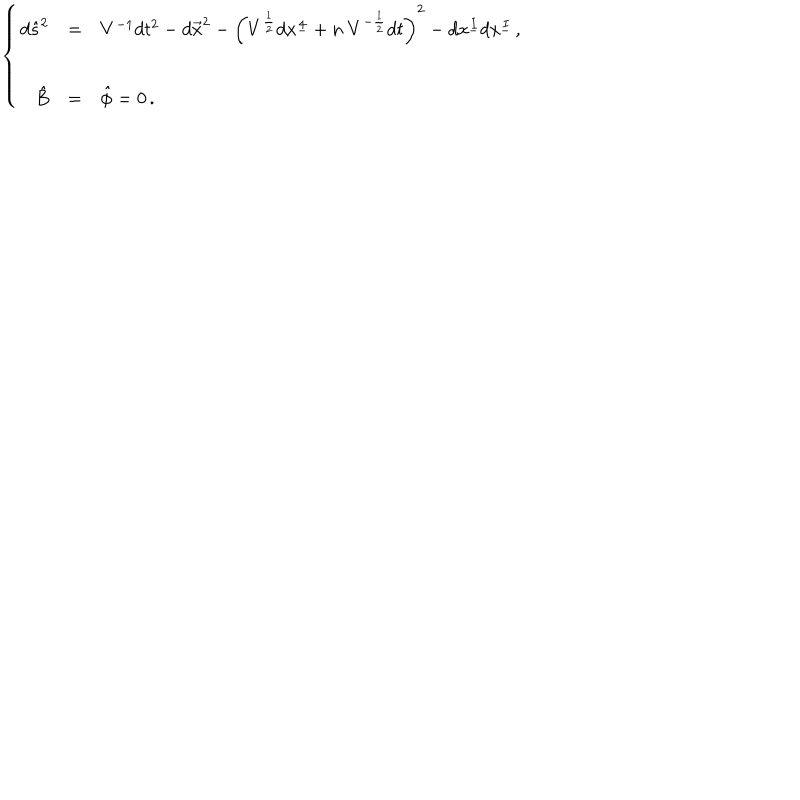
\left\{ \begin{array} { r c l } { { d \hat { s } ^ { 2 } } } & { { = } } & { { V ^ { - 1 } d t ^ { 2 } - d \vec { x } ^ { 2 } - \left( V ^ { \frac { 1 } { 2 } } d x ^ { \underline { { { 4 } } } } + n \ V ^ { - \frac { 1 } { 2 } } d t \right) ^ { 2 } - d x ^ { \underline { { { I } } } } d x ^ { \underline { { { I } } } } \, , } } \\ { { } } & { { } } & { { } } \\ { { \hat { B } } } & { { = } } & { { \hat { \phi } = 0 \, . } } \\ \end{array} \right.